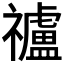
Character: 𥜠